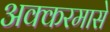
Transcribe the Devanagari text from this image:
अक्करमासे